Burma Government Medical School reports 1907-22
Year: 1907
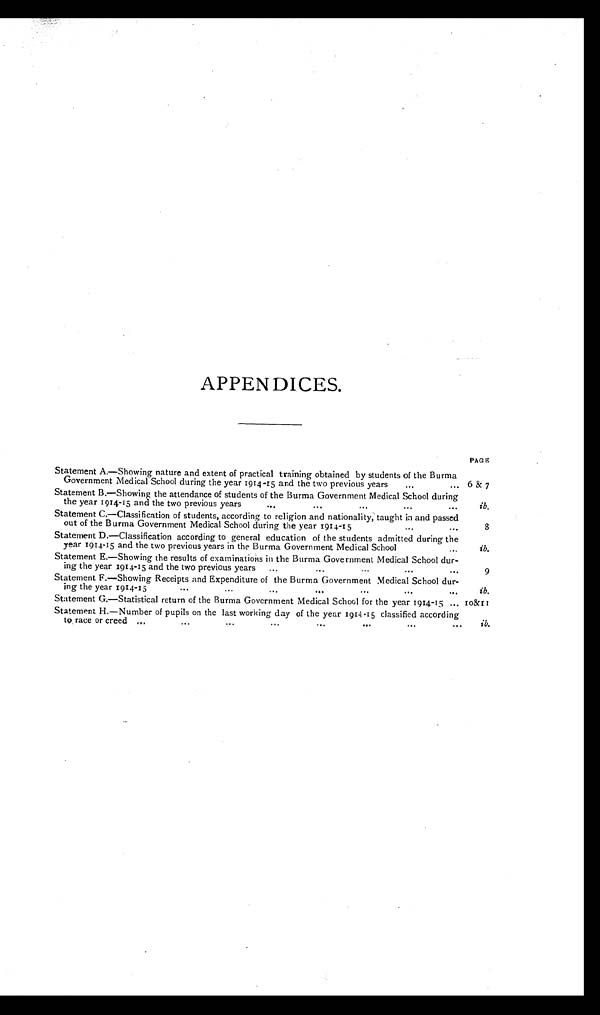
APPENDICES.
P A G E
Statement A.—Showing nature and extent of practical training obtained by students of the Burma
Government Medical School during the year 1914-15 and the two previous years... ... 6 & 7
Statement B.—Showing the attendance of students of the Burma Government Medical School during
the year 1914-15 and the two previous years
...
...
... ... ...
i b
.
Statement C.—Classification of students, according to religion and nationality, taught in and passed
out of the Burma Government Medical School during the year 1914-15
...
...
8
Statement D.—Classification according to general education of the students admitted during the
year 1914-15 and the two previous years in the Burma Government Medical School
...
...
i b.
Statement E.—Showing the results of examinations in the Burma Government Medical School dur-
ing the year 1914-15 and the two previous years
...
. . . . . . . . . . . .
9
Statement F.—Showing Receipts and Expenditure of the Burma Government Medical School dur-
ing the year1914-15
...
... . . .
. . .
. . .
. . .
. . .
ib.
Statement G.—Statistical return of the Burma Government Medical School for the year 1914-15 ... 10&11
Statement H.—Number of pupils on the last working day of the year 1914-15 classified according
to race or creed ...
. . . . . . . . .
. . .
. . .
. . .
. . .
ib .